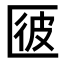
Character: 𠥌